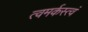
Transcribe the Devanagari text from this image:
त्वमर्कस्त्वं